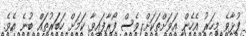
ފުޅާވެ މިހަރު އެހެން އަވަށްތަކަށް ވެސް ފޯރާފައިވާ ކަމަށް ހަބަަރުތައް ބުނެ އެވެ.